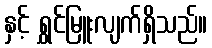
နှင့် ရွှင်မြူးလျက်ရှိသည်။